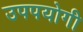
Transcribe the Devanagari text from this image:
उपपयोगी